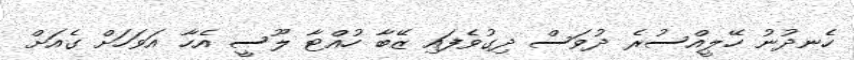
ހެނދުނު ހޭލީއްސުރެ ދުވަސް ދިގުވެފައި ޒޭބާ ހުއްޓާ ލޫސީ އެހާ އަވަހަށް ގެއަށް